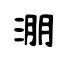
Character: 淜